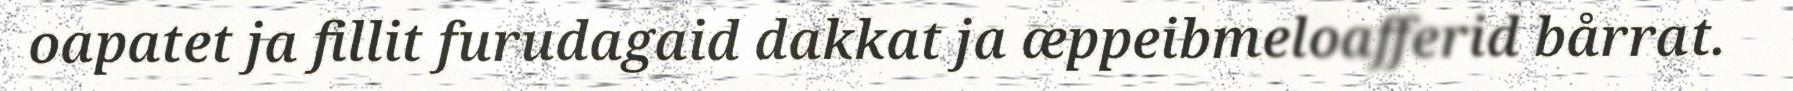
oapatet ja fillit furudagaid dakkat ja æppeibmeloafferid bårrat.